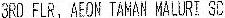
3RD FLR, AEON TAMAN MALURI SC